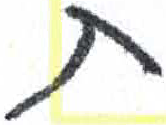
אות: ת